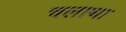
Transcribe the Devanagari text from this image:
चलाथा